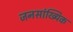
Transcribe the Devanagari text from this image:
जनसांख्यिक